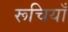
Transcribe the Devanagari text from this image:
रूचियाँ